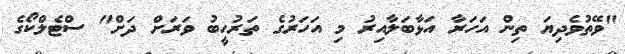
"ވޭތުވެދިޔަ ތިން އަހަރާ އަޅާބަލާއިރު މި އަހަރުގެ ތަރުހީބު ވަރަށް ދަށް" ސްޓެލްކޯގެ